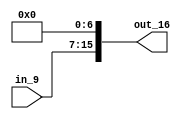
module zero_padded(out_16,in_9);
input [8:0] in_9;
output [15:0] out_16;

assign out_16={in_9,{7{1'b0}}};

endmodule